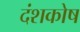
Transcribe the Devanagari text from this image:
दंशकोष